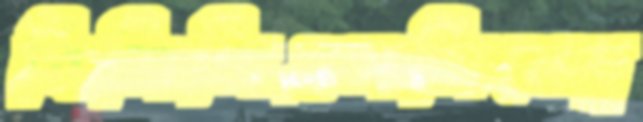
বিসিপিএসসিমেম্ব